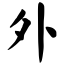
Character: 外